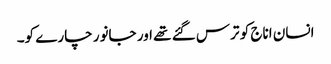
انسان اناج کو ترس گئے تھے اور جانور چارے کو۔